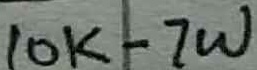
Text: 10K-7W